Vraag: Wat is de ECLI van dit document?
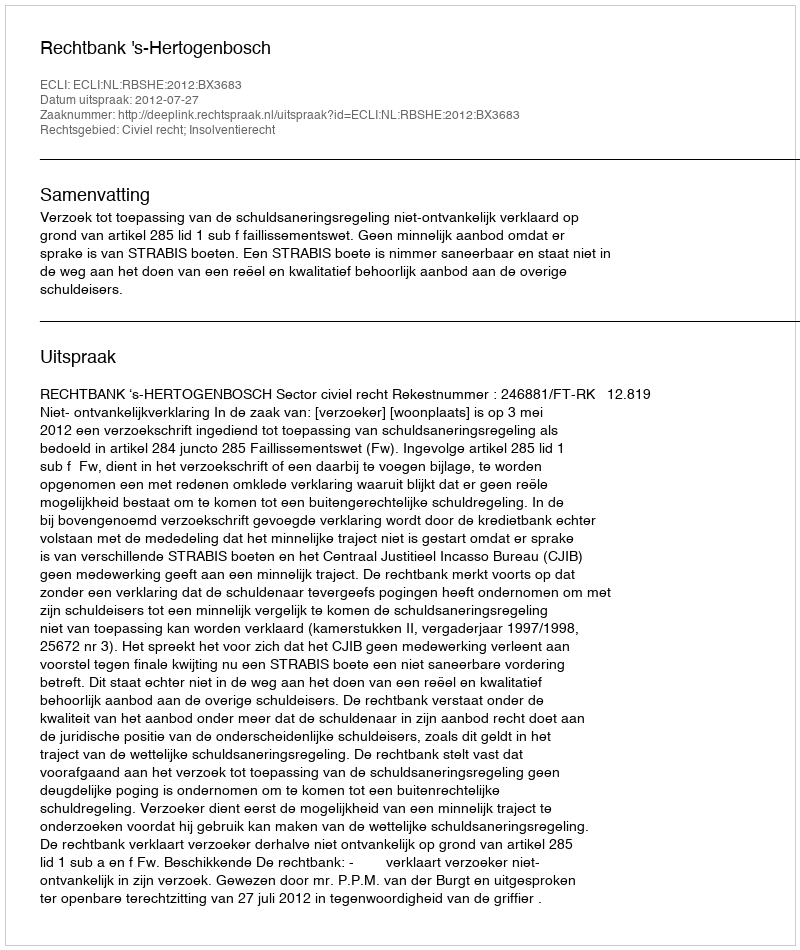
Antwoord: ECLI:NL:RBSHE:2012:BX3683